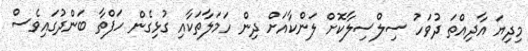
މިދިޔަ އާދިއްތަ ދުވަހު ސިލްސިލާކޮށް ލަންކާއަށް ދިން ހަމަލާތަކާއި ގުޅިގެން ހަފްތާ ބަންދުގައިވެސް